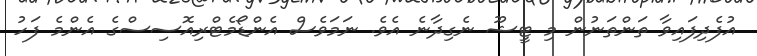
އުފެދިފައިވާ ތަންތަނުން މި ޓީޝޫ ނެގިދާނެ އެވެ. ނަމަވެސް އެންޑޯމެޓްރިއޮސިސްގެ އެންމެ ފަހު